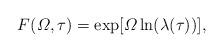
\begin{align*}F({\mit\Omega},\tau)=\exp[{\mit\Omega}\ln(\lambda(\tau))], \end{align*}